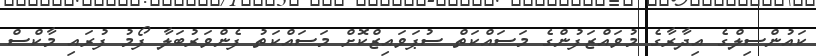
ކައުންސިލްގެ އިދާރާގެ މުވައްޒަފުންގެ މަސައްކަތް ސުޕަވައިޒްކޮށް މަސައްކަތު ފެންވަރުބަލާ ފޯމު ފުރައި މާކްސް